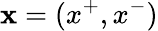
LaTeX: \mathbf{x}=(x^{+},x^{-})